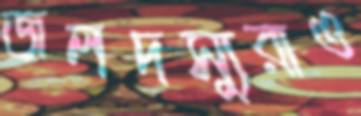
জলদস্যুরাও